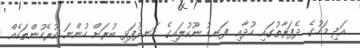
އަދި މަހުގެ ދެފަރާތުގައި ހުދާއި ފަނޑު ނޫކުލައިގެ ހަނދުފަޅި ބުރަށް ހުންނަ ކުރެހުންތަކެއް